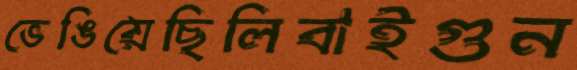
ভেঙিয়েছিলিবাইগুন